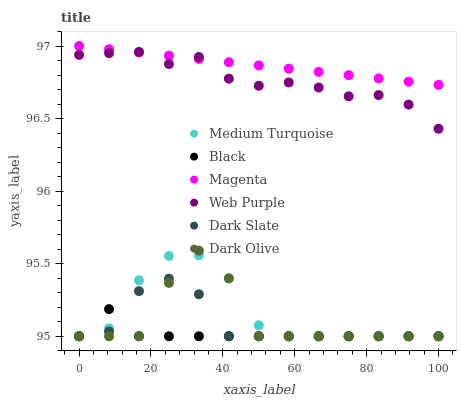
| xaxis_label | Medium Turquoise | Black | Magenta | Web Purple | Dark Slate | Dark Olive |
 | --- | --- | --- | --- | --- | --- | --- |
 | 0 | 95 | 95 | 97 | 96.9 | 95 | 95 |
 | 8.33 | 95.1 | 95.2 | 97 | 97 | 95 | 95 |
 | 16.7 | 95.4 | 95 | 97 | 97 | 95.3 | 95 |
 | 25 | 95.6 | 95 | 96.9 | 96.9 | 95.4 | 95.4 |
 | 33.3 | 95.6 | 95 | 96.9 | 96.9 | 95.3 | 95.6 |
 | 41.7 | 95.4 | 95 | 96.9 | 96.8 | 95 | 95.4 |
 | 50 | 95.1 | 95 | 96.9 | 96.7 | 95 | 95 |
 | 58.3 | 95 | 95 | 96.8 | 96.7 | 95 | 95 |
 | 66.7 | 95 | 95 | 96.8 | 96.7 | 95 | 95 |
 | 75 | 95 | 95 | 96.8 | 96.7 | 95 | 95 |
 | 83.3 | 95 | 95 | 96.8 | 96.7 | 95 | 95 |
 | 91.7 | 95 | 95 | 96.8 | 96.6 | 95 | 95 |
 | 100 | 95 | 95 | 96.7 | 96.4 | 95 | 95 |